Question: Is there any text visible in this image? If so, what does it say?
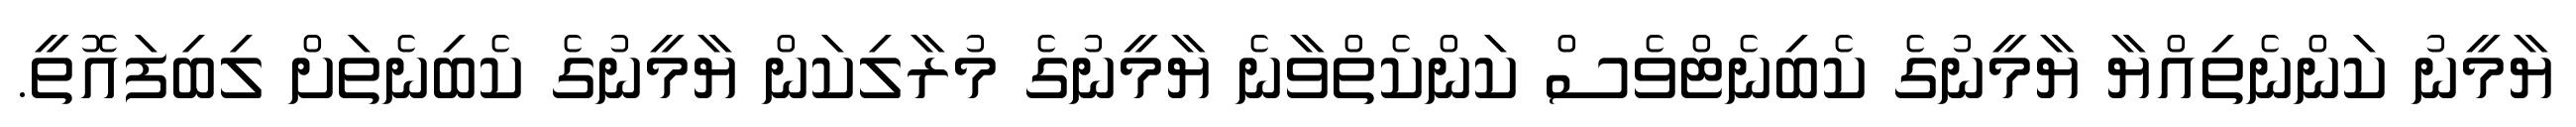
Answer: ޔާމީނު ކަންނެތިއްޔާ ޔާމީނުގެ ކެބިނެޓްވެސް ކަންކެތްވާނެ ޔާމީނުގެ މުރާލިކަން ޔާމީނުގެ ކެބިނެތަށް ލިބިފައޮތީ.